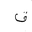
Letter: _qaf